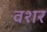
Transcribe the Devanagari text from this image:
वशर